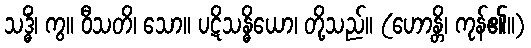
သဒ္ဓိံ၊ ကွ။ ဝီသတိ၊ သော။ ပဋိသန္ဓိယော၊ တို့သည်။ (ဟောန္တိ၊ ကုန်၏။)